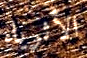
الأثرياء